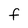
Character: f